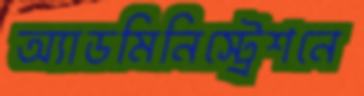
অ্যাডমিনিস্ট্রেশনে